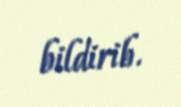
bildirib.